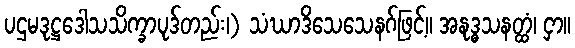
ပဌမဒုဋ္ဌဒေါသသိက္ခာပုဒ်တည်း၊) သံဃာဒိသေသေနဂ်ဖြင့်။ အနုဒ္ဓသနတ္ထံ၊ ငှာ။